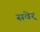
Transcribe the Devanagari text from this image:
सवेर्